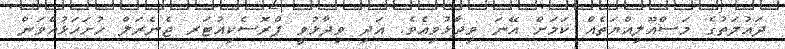
ދައުލަތުގެ މަސްއޫލިއްޔަތެއް ކަމަށް އޭނަ ވިދާޅުވިއެވެ. އަދި ވިދާޅުވީ ޕްރޮސެކިއުޓަރ ޖެނެރަލް ހުށަހަޅުއްވަން